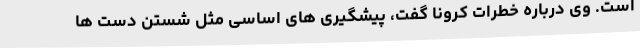
است. وی درباره خطرات کرونا گفت، پیشگیری های اساسی مثل شستن دست ها